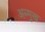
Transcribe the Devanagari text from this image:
अन्मुख